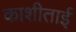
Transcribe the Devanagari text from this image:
काशीताई